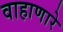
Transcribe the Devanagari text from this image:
वाहाणारे